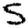
Digit: 5